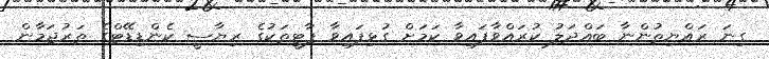
ގިނަ ރައްޔިތުންނާ ބައްދަލު ކުރައްވާފައިވާ ކަމަށް ގުޅިފައިވާ ޕާޓީތަކުގެ ރިޔާސީ ކެންޑިޑޭޓްގެ ތަރުޖަމާން